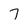
Character: 7